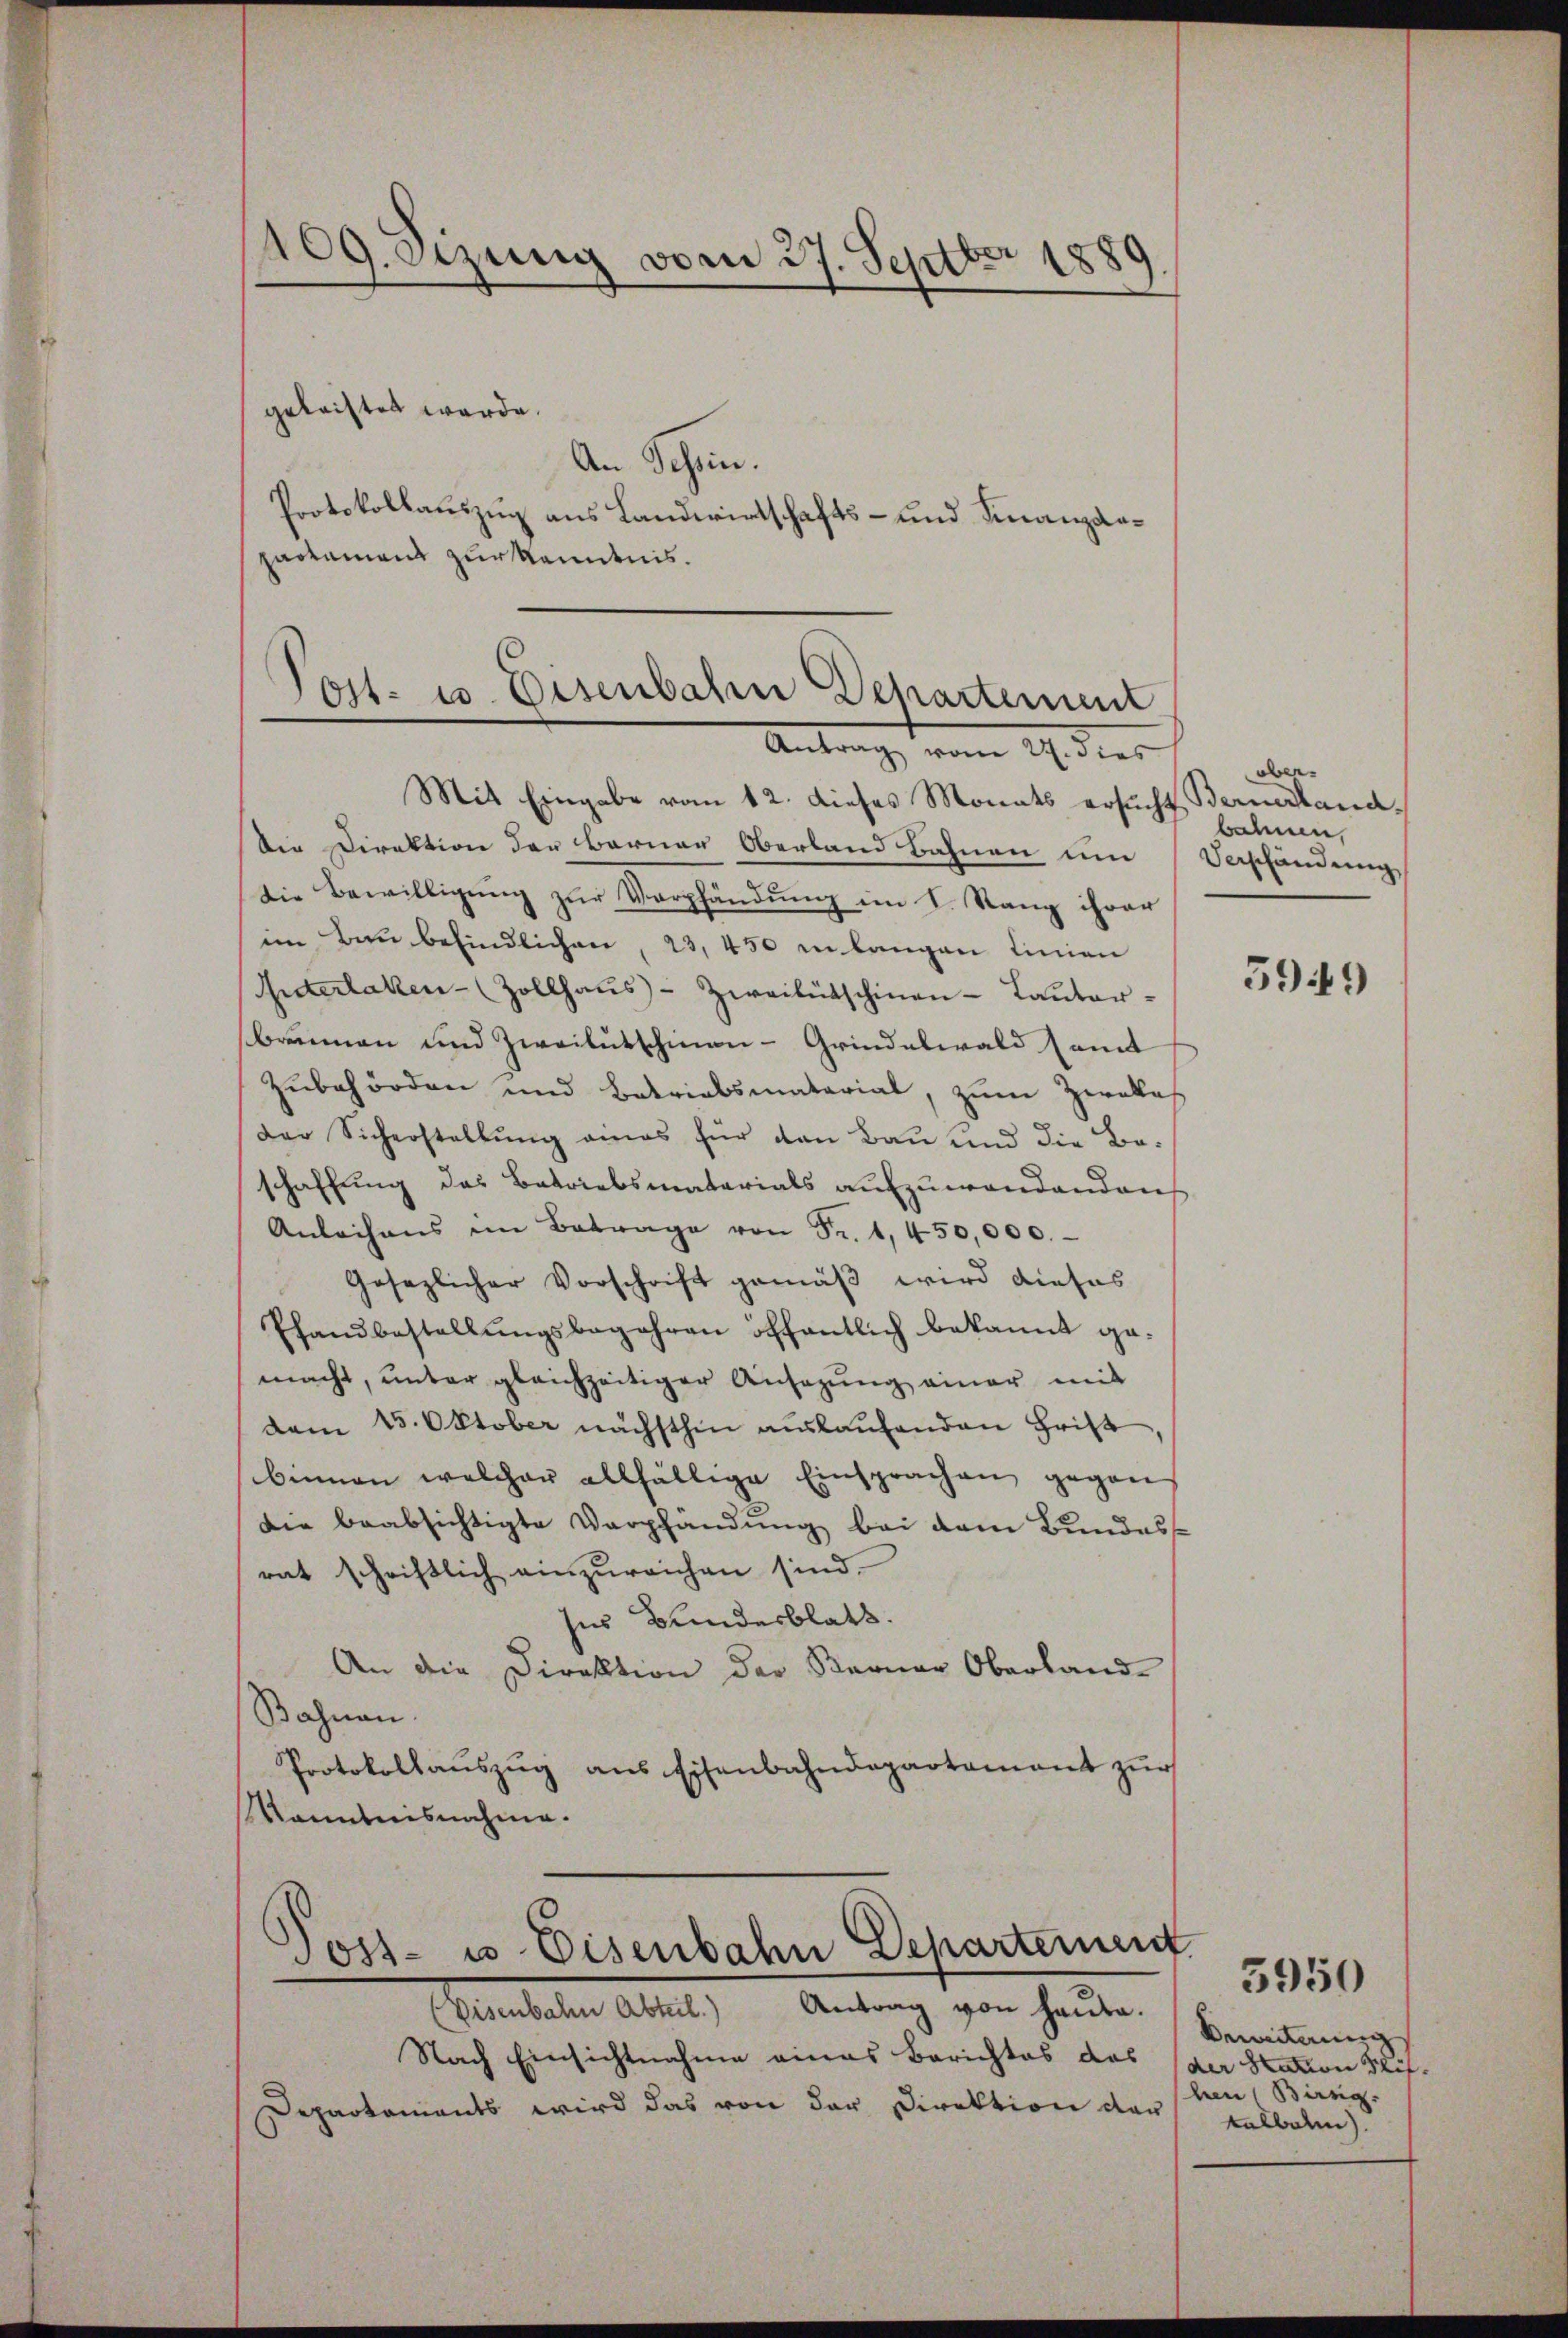
109. Sizung vom 27. Septbr 1889

geleistet werde.
An Schein.
Protokollauszug aus Landwirtschafts- und Finanzanpaotament zur Kenntnis.

Post- u. Eisenbahn Departement
Antrag vom 24. dies

Mit Eingabe vom 12. dieses Monats ersucht, Bernerhand¬
Die Direktion der Berner Oberland Bahnen um Verschändung,
Die Bewilligung zur Verpfändung im I. Rang ihrer
im Bau befindlichen, 23, 450 in langen Linien
Interlaken- (Zollhaŭs-Zweitütschinen-Taŭter-
brunnen und Zweikutschinan - Grindelwald samt
Zubehörden und Betriebsmaterial, zŭm Zwekes
Der Sicherstellŭng amas für den Bau und die Be-
schaffung des Betriebsmaterials aufzuwandendens
Anleihens im Betrage von Fr. 1,450,000.
Gesezlicher Vorschrift gemäβ wird dieses
Pfandbestellŭngsbegehren öffentlich bekannt ge-
macht, unter gleichzeitiger Ansezung einer mit
dem 15. Oktober nächsthin auslaufenden Frist
binnen welcher allfällige Einsprachen gegen
Die beabsichtigte Verpfändung bei dem Bundes-
rat schriftlich einzureichen sind.
ses Bundesblatt.
An die Direktion der Berner Oberland-
Bahnen.
Protokollauszug aus Eisenbahndepartement zur
Kenntnisnahme.

Jost- u Eisenbahn Departement

Eisenbahn Abteil.) Antrag von Haŭsa.
Nach Einsichtnahme eines Berichtes das der Station Mit¬
Departaments wird das von der Direktion der

überbahnen.

5949

Bereiterung
shen (Bing.
kalbele

5950